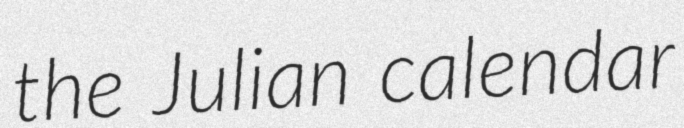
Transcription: the Julian calendar